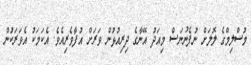
މުސްލިމްގެ ލޮލަށް ނުފެނުނަސް މިއަދު އޭނާގެ ދިރިއުޅުން ވަރަށް އުފާވެރިއެވެ. އެކަމަކު އެވަރަކުން